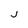
Character: J